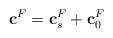
\begin{align*}\mathbf{c}^F=\mathbf{c}^F_s+\mathbf{c}^F_0 \end{align*}